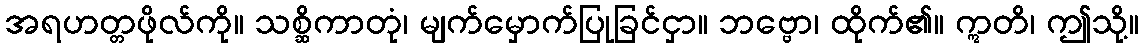
အရဟတ္တဖိုလ်ကို။ သစ္ဆိကာတုံ၊ မျက်မှောက်ပြုခြင်ငှာ။ ဘဗ္ဗော၊ ထိုက်၏။ ဣတိ၊ ဤသို့။